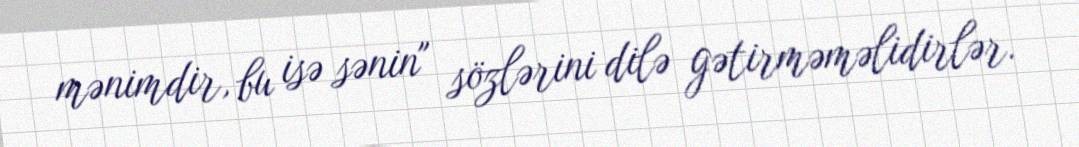
mənimdir, bu isə sənin" sözlərini dilə gətirməməlidirlər.